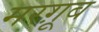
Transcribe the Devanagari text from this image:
मरग़ूूब